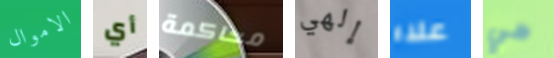
الاموال أي محاكمة إلهي علاء هي